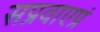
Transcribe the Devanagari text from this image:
सप्रवाएप्रं